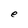
Character: e